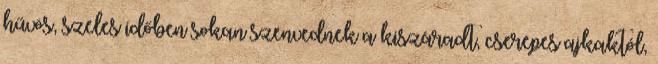
hűvös, szeles időben sokan szenvednek a kiszáradt, cserepes ajkaktól,